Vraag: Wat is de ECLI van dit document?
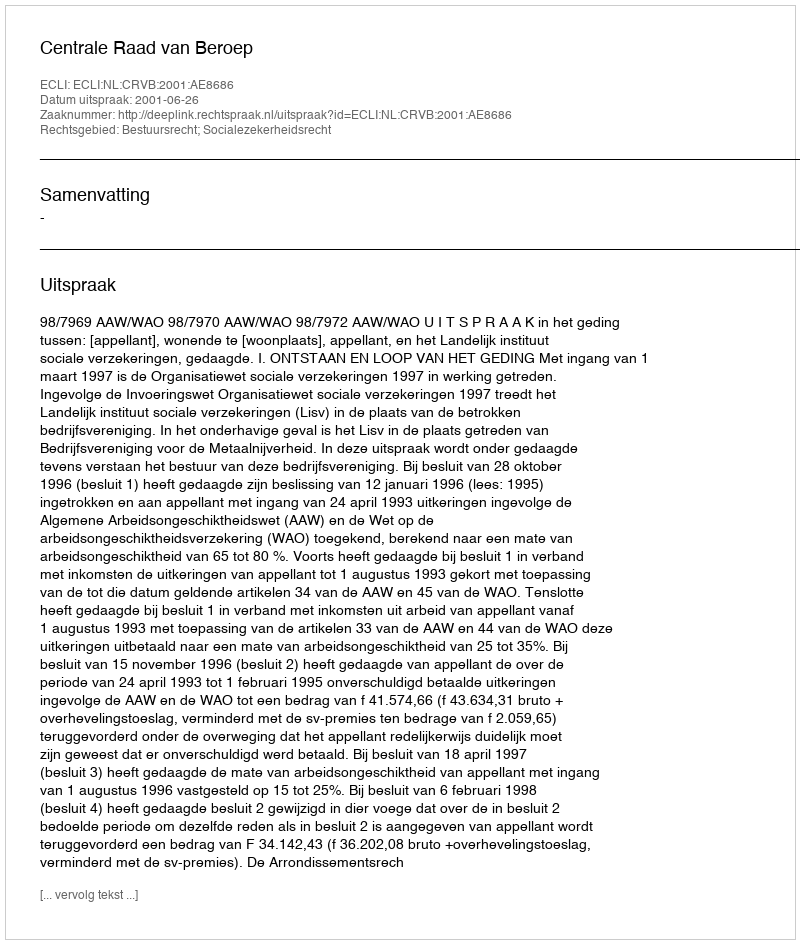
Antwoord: ECLI:NL:CRVB:2001:AE8686